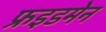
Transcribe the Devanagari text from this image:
फ्रइडमेन